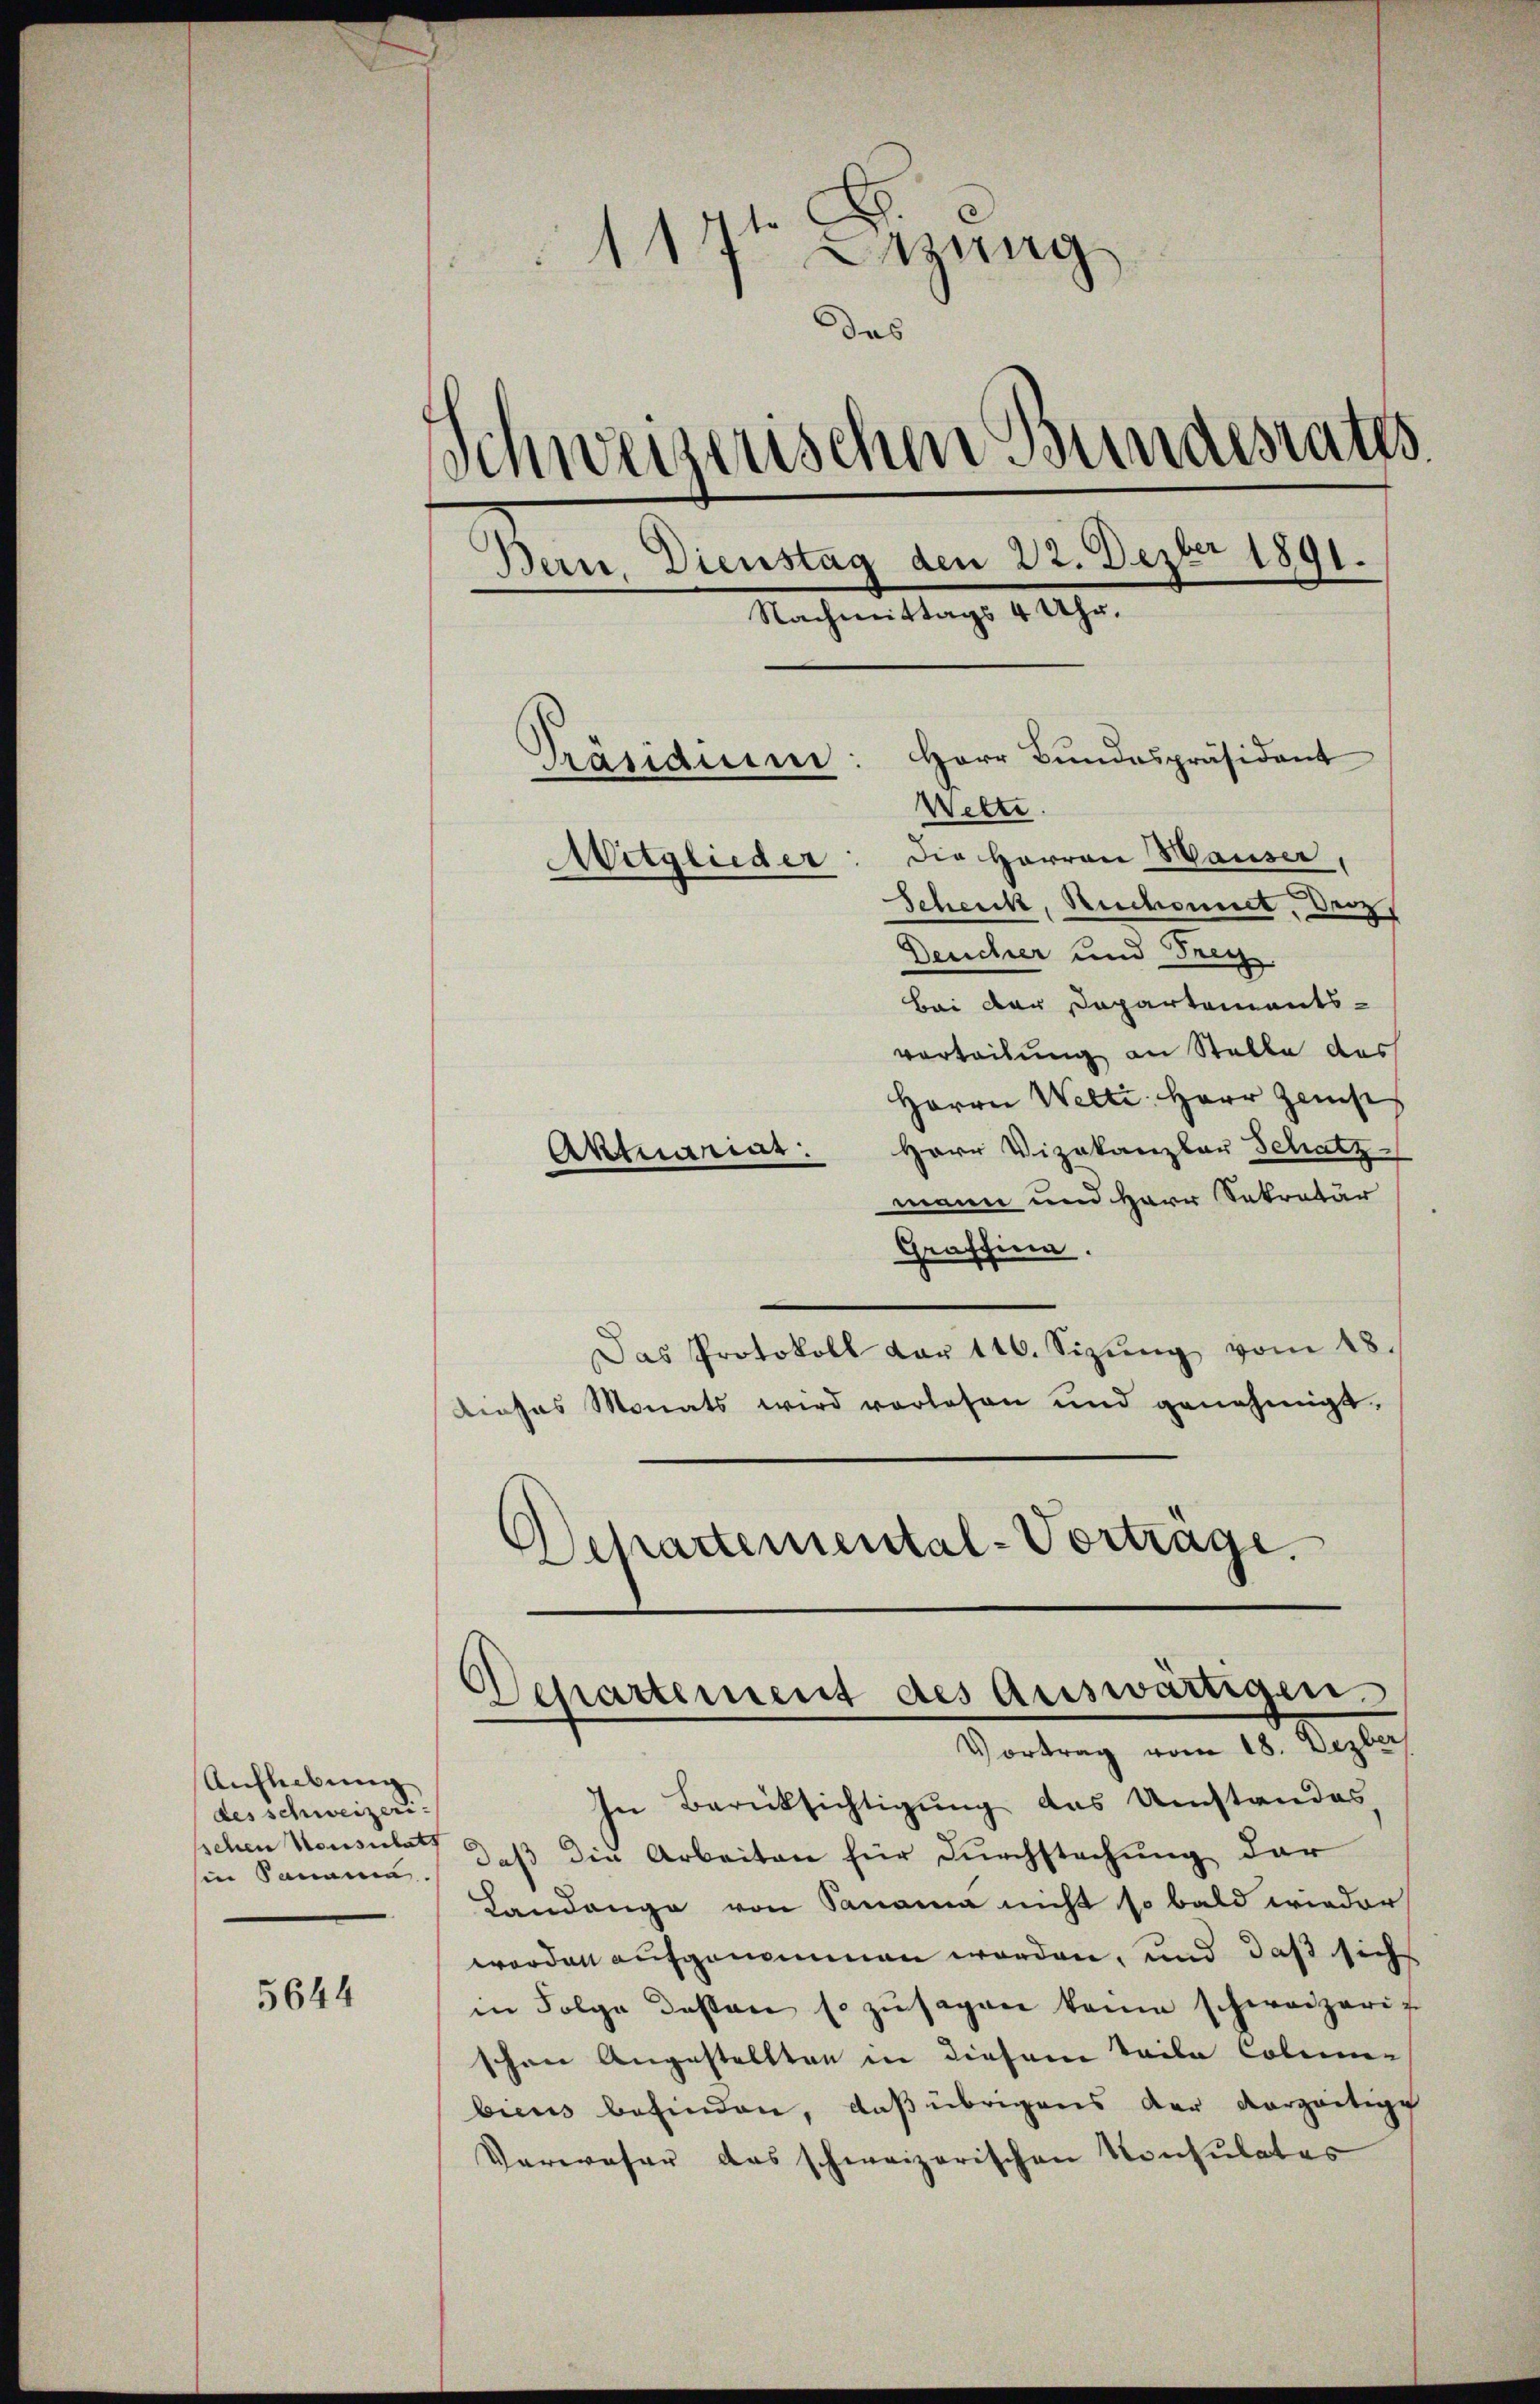
Auflebung
des schweizerischen Konsulats
sie Panama.

5644

117t Sitzung
.
das
Schweizerischen Bundesraths
Bern, Dienstag den 22. Dezbr 1891.
Nachmittags 4 Uhr.
Herr Bundespräsident
Präsidii
Wette
Die Herren Hauser,
Mitglieder
Scheick, Andromit, der

Deucher und Frey
Bei der Departements-
vorteilung an Stelle das
Herrn Welti. Herr Zei
Herr Vizekanzlar Schatz
Aktuariar.
mann und Herr Sekretär
Graffina.
Das Protokoll dar 116. Sizŭng vom 18.
dieses Monats wird vorlesen und genehmigt.
Departemental-Vortrage.

Departement des auswärtigen.
ortrag vom 18. Dezber

In Berücksichtigung das Umstandes
daß die Arbeiten für Durchstachung der
Landange von Panama nicht so bald wieder
worden aufgenommen worden, und daß sich
in Folge dessen so zusagen kann schweizerig
schon Angestellten in diesem Teile Colennen
biens befinden, daß übrigens der vorzeitige
Varaser das schweizerischen Konsulates